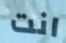
انت